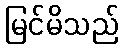
မြင်မိသည်